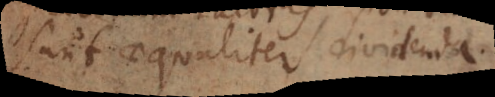
sunt aequaliter dividenda.